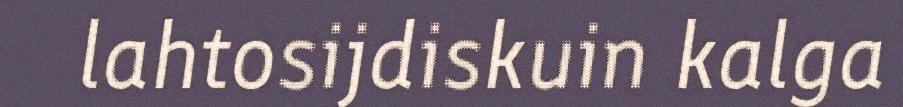
lahtosijdiskuin kalga